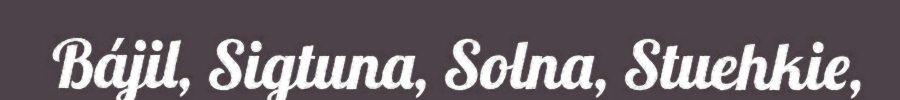
Bájil, Sigtuna, Solna, Stuehkie,